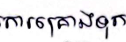
ការគ្រោងទុក